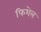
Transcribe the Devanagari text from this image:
फिशेल